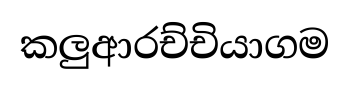
කලුආරච්චියාගම